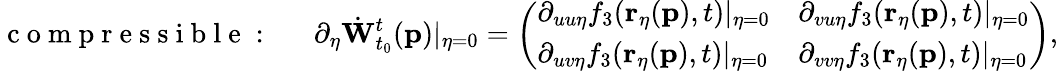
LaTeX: \mathrm{~c~o~m~p~r~e~s~s~i~b~l~e~:~\quad~}\partial_{\eta}\dot{\mathbf{W}}_{t_{0}}^{t}(\mathbf{p})\vert_{\eta=0}=\left(\begin{array}{ll}{\partial_{uu\eta}f_{3}(\mathbf{r}_{\eta}(\mathbf{p}),t)\vert_{\eta=0}}&{\partial_{vu\eta}f_{3}(\mathbf{r}_{\eta}(\mathbf{p}),t)\vert_{\eta=0}}\\ {\partial_{uv\eta}f_{3}(\mathbf{r}_{\eta}(\mathbf{p}),t)\vert_{\eta=0}}&{\partial_{vv\eta}f_{3}(\mathbf{r}_{\eta}(\mathbf{p}),t)\vert_{\eta=0}}\end{array}\right),